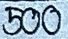
500